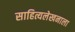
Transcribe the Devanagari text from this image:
साहित्यलेखनाला